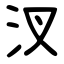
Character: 汊